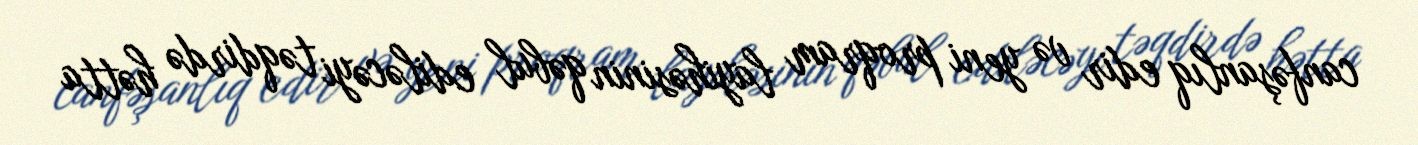
canfəşanlıq edir və yeni proqram layihəsinin qəbul ediləcəyi təqdirdə hətta